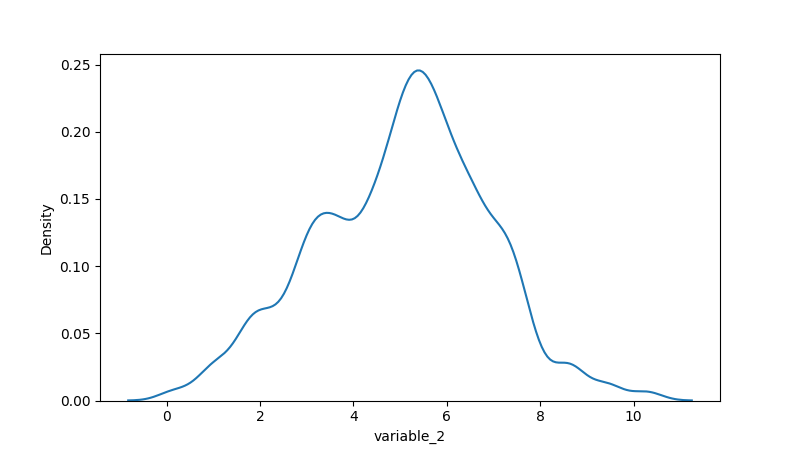
python, seaborn, kdeplot, hue='None', fill=False, bw_adjust=0.5